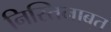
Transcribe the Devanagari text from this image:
निस्तिनाबुत